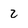
Character: 2